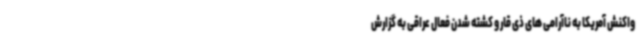
واکنش آمریکا به ناآرامی های ذی قار و کشته شدن فعال عراقی به گزارش